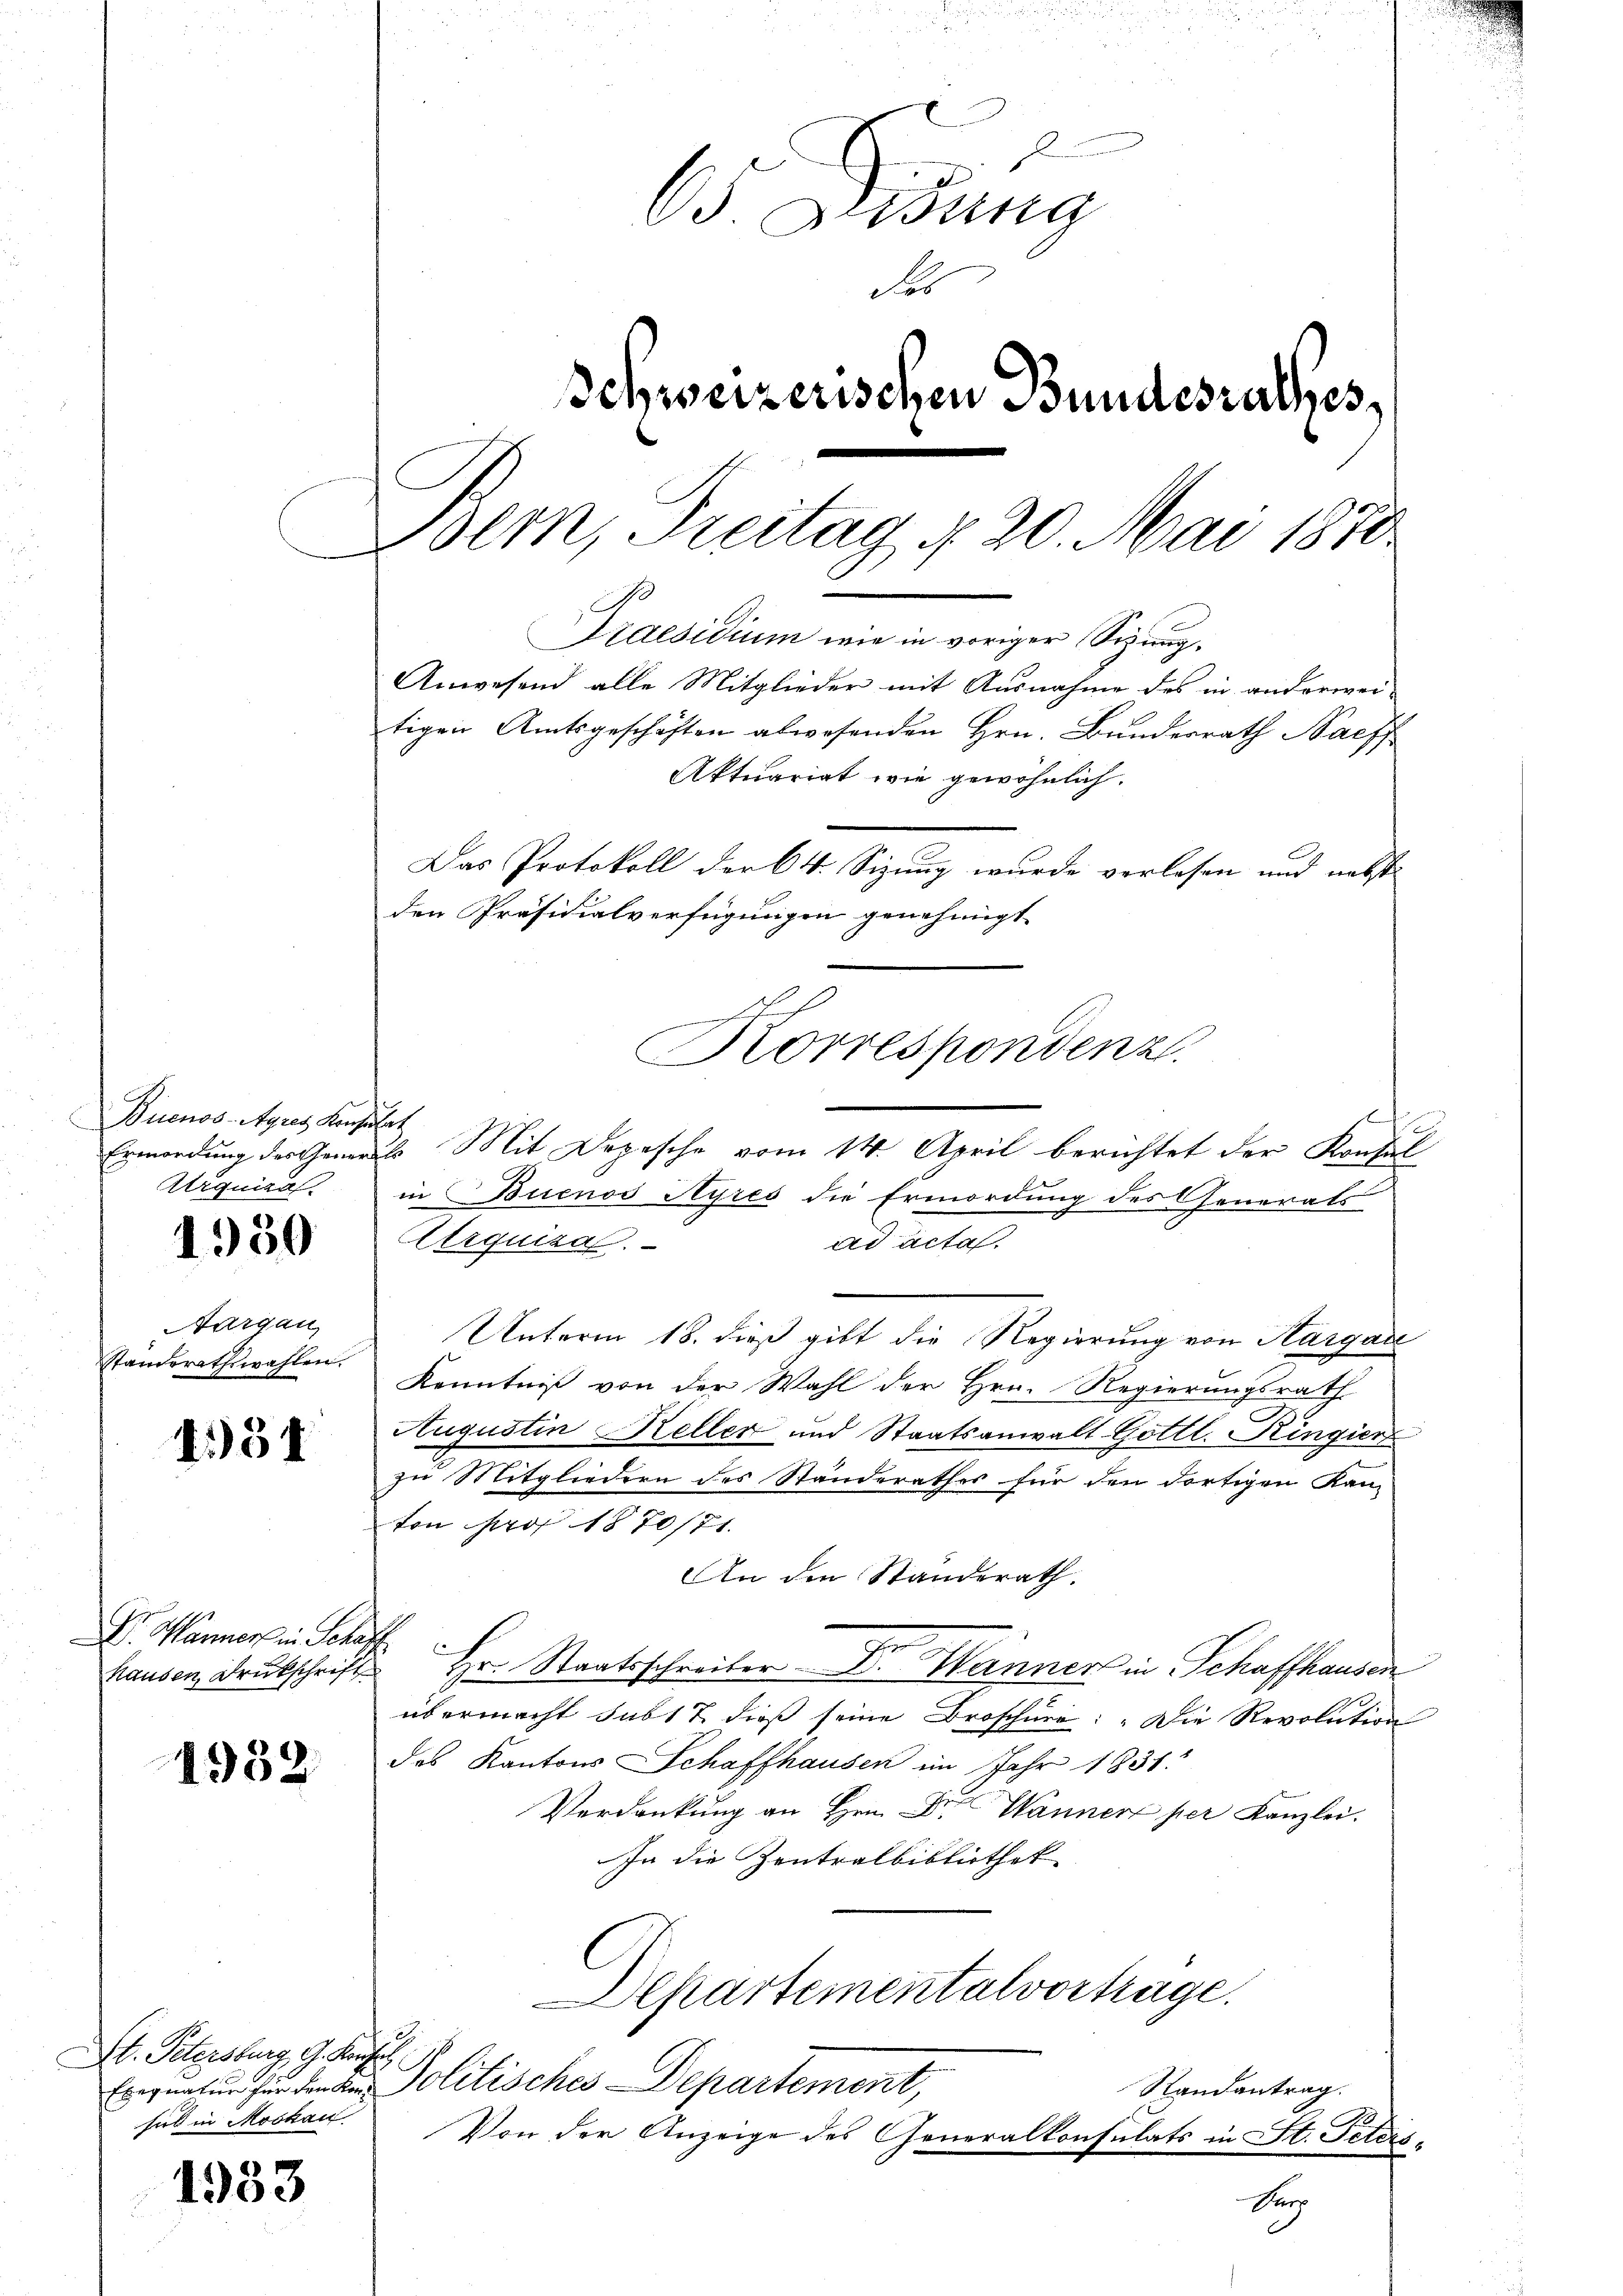
Duenos-Ayres Kaiser
Ermordung des Gener
Urquians

1930

Aargau,
Standsrathswahlen.

4331

Dr. Wärmer in Scha
hausen Druckschrift

1932

V. Petersburg, G. Kurse
sid in Moskau

1933

65 Didung
ol
tigen Amtsgeschäften abwesenden Hrn. Bundesrath Nachf
Aktuariat wie gewöhnlich.
Das Protokoll der 64. Sizung wurde verlesen und nebste
den Präsidialverfügungen genehmigt.
.
Korrespondenz.

r
26. Mit Depesche vom 14. April berichtet der Konfal
in Buenos Ayres die Ermordung des Generals
Cerquizal.
ad acta.
Unterm 18. dieß gibt die Regierung von Hargau
Kenntniß von der Wahl der Hrn. Regierungsrath
Augustin Keller und Staatsanwalt Gottl. Ringier
zu Mitgliedern des Standerathes für den dortigen Kan-
ton pro 1870/71.
An den Standerath.
Hr. Staatsschreiber Dr. Hänner in Schaffhausen
übermacht subt & dieß seine Broschüre: „Die Revolution
des Kantons Schaffhausen im Jahr 1831.
Verdankŭng an Hrn. Dr. Wanner per Kanzlei.
In die Zentralbibliothek
Departementalvortrage.
Eregnatur für den L. Politisches Departement,
Randantrag.
Von der Anzeige des Generalkonsulats in St. Peters

Schweizerischen Bundesrathes,
Bem, Freitag 120. Mai 1870
Praesidium wie in voriger Sizung.
Anwesend alle Mitglieder mit Ausnahme des in anderwer

Ser